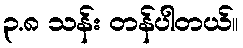
၃.၈ သန်း တန်ပါတယ်။